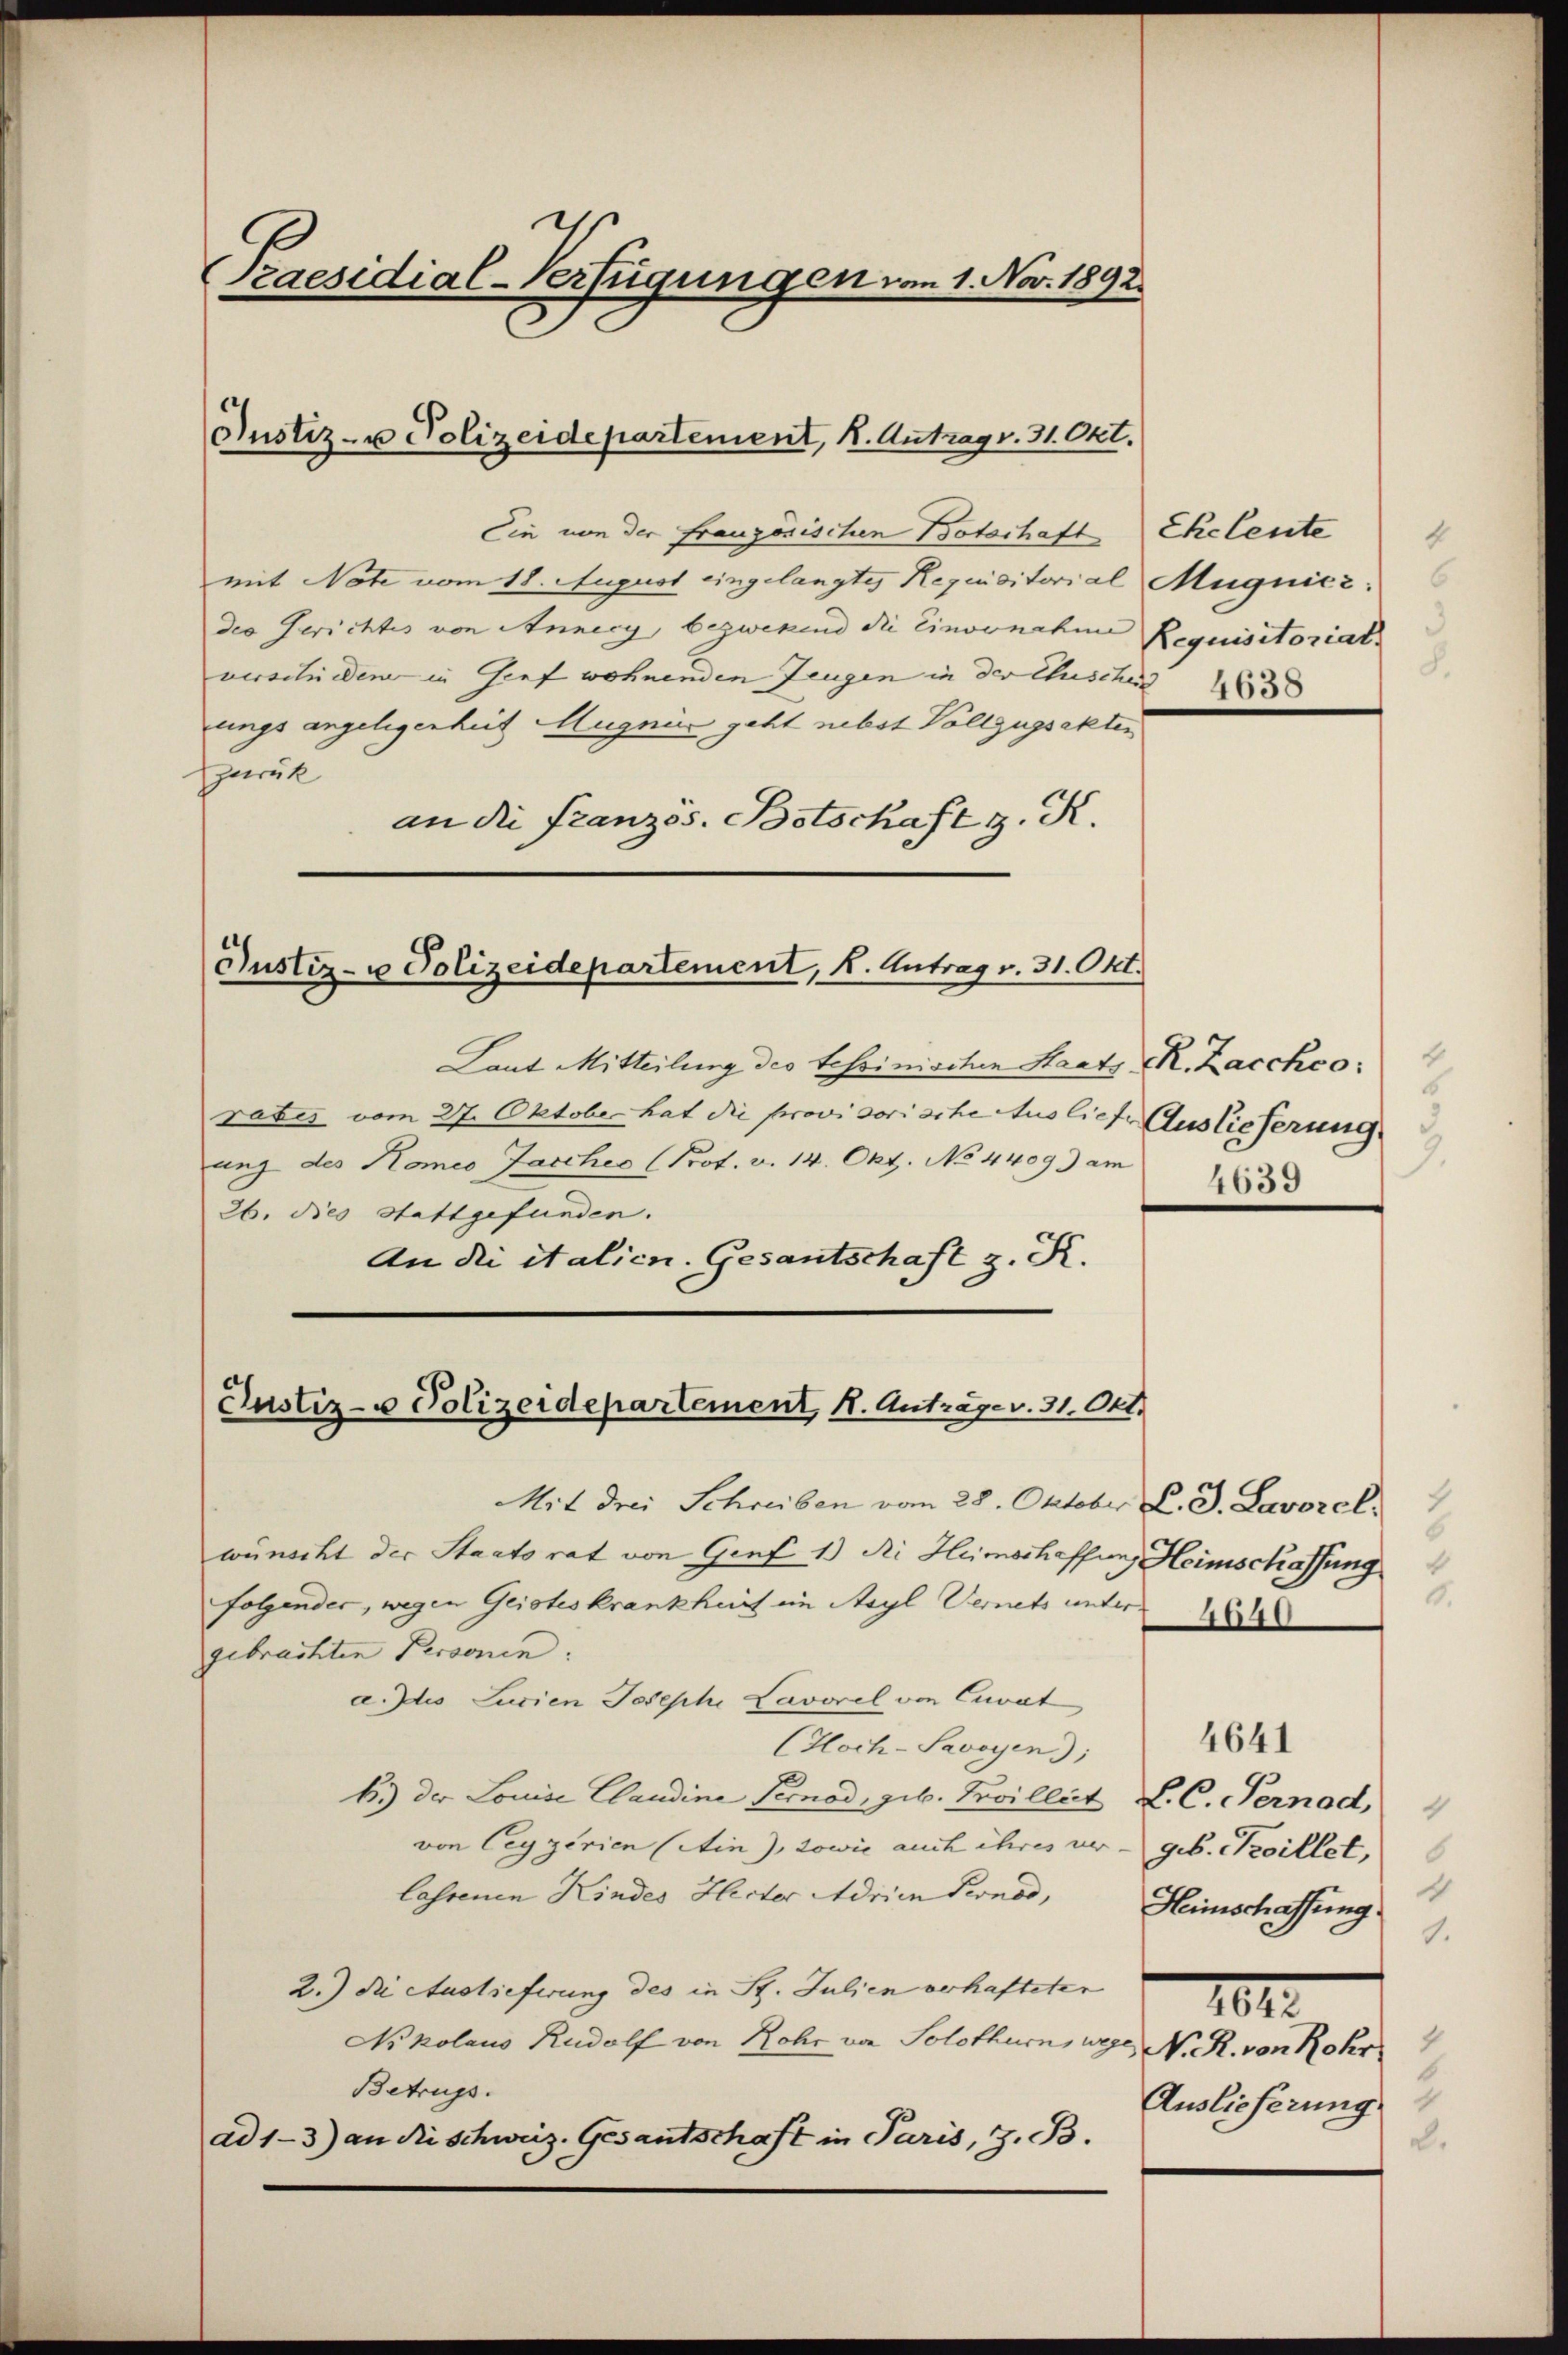
1
Praesidial-Verfügungen vom 1. Nov. 1892.

Ein von der französischen Botschaft Eheleute
mit Note vom 18. August eingelangtes Requisitorial Mugnicz:
des Gerichtes von Annecy, bezwekend die Einvenahme Requisitoriats
verschiedene in Genf wohnenden Zeugen in der Chuschen 183
ungs angelegenheit Augnie geht nebst Vollzugsakter
Zurük
an die Französ. Betschaft z. K.

Justiz- u Polizeidepartement, K. Antrag v. 31. Okt.

Justiz- u Polizeidepartement, K. Antrag v. 31. Okt.

Laut Mitteilung des tessinischen Staats R. Zaccheo:
ratis vom 27. Oktober hat die provisorische Auslief Auslieferung
ung des Komeo Jasches (Prot. v. 14. Okt. No 4409) am
26. dies Stattgefunden.
An die italien. Gesantschaft z. R.

Justiz- u Polizeidepartement, K. Anträge v. 31. Okt.

d

Mit drei Schreiben vom 28. Oktober L. J. Lavorel,
wünscht der Staatsrat von Genf 1) die Heimschaffung Heimschaffung
folgender, wegen Geisteskrankheit im Asyl Vernets unter 1848
gebrachten Personen.
a. Die Jurien Joseph Lavorel von Cuvat
(Hoch-Savoyen);
b.) der Louise Claudine Pernod, geb. Pavillet L. C. Pernod,
von Ceygerien (Ain), sowie auch ihres ver - geb. Koillet,
lassenen Kindes Herter Adrian Pernod, Heimschaffung
2.) Die Auslieferung des in St. Julien verhafteter
Nikolaus Rudolf von Rohr von Solothurn, wege, N. R. von Rohr
Betrugs.
ad 1-3) an die schweiz. Gesantschaft in Paris, z. B.

4
6
3.
4639

4
6
9.

102
Auslieferung
d.

4641

.